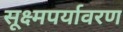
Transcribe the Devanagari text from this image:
सूक्ष्मपर्यावरण